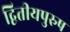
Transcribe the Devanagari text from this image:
द्वितीयपुरुष